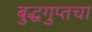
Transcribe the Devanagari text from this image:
बुद्धगुप्तचा